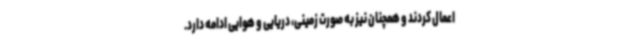
اعمال کردند و همچنان نیز به صورت زمینی، دریایی و هوایی ادامه دارد.